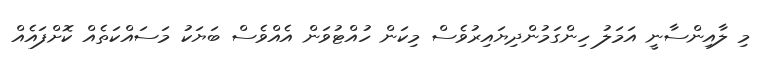
މި ލާއިންސާނީ އަމަލު ހިންގަމުންދިޔައިރުވެސް މިކަން ހުއްޓުވަން އެއްވެސް ބަޔަކު މަސައްކަތެއް ކޮށްފައެއް